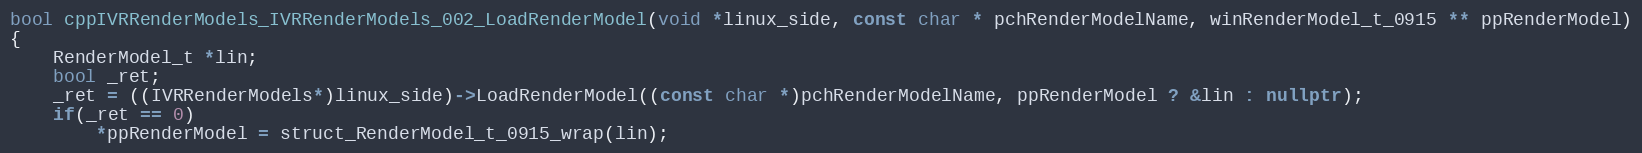
Language: C++
bool cppIVRRenderModels_IVRRenderModels_002_LoadRenderModel(void *linux_side, const char * pchRenderModelName, winRenderModel_t_0915 ** ppRenderModel)
{
    RenderModel_t *lin;
    bool _ret;
    _ret = ((IVRRenderModels*)linux_side)->LoadRenderModel((const char *)pchRenderModelName, ppRenderModel ? &lin : nullptr);
    if(_ret == 0)
        *ppRenderModel = struct_RenderModel_t_0915_wrap(lin);